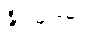
နိုဗမ်ဘာ